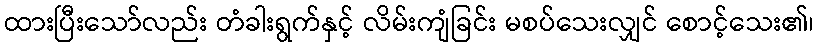
ထားပြီးသော်လည်း တံခါးရွက်နှင့် လိမ်းကျံခြင်း မစပ်သေးလျှင် စောင့်သေး၏၊